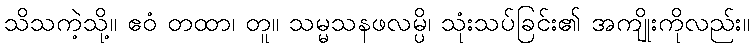
သိသကဲ့သို့။ ဧဝံ တထာ၊ တူ။ သမ္မသနဖလမ္ပိ၊ သုံးသပ်ခြင်း၏ အကျိုးကိုလည်း။